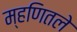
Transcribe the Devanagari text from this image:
म्हणितले